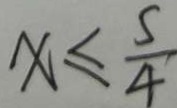
x \leq \frac { 5 } { 4 }